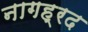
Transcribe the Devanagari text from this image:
नागह्रद